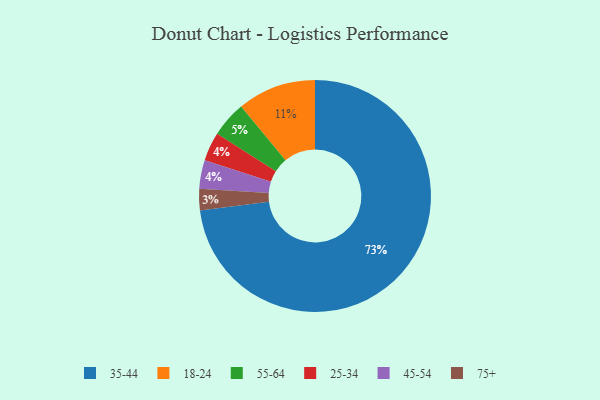
{"axis": {"x": "Category", "y": "Percentage"}, "legend": ["18-24", "25-34", "35-44", "45-54", "55-64", "75+"], "data": [{"x": "25-34", "y": 4, "type": "25-34"}, {"x": "35-44", "y": 73, "type": "35-44"}, {"x": "75+", "y": 3, "type": "75+"}, {"x": "55-64", "y": 5, "type": "55-64"}, {"x": "18-24", "y": 11, "type": "18-24"}, {"x": "45-54", "y": 4, "type": "45-54"}]}